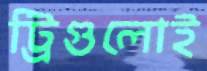
ট্রিগুলোই